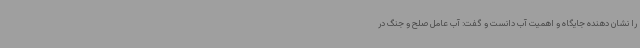
را نشان دهنده جایگاه و اهمیت آب دانست و گفت: آب عامل صلح و جنگ در